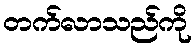
တက်လာသည်ကို